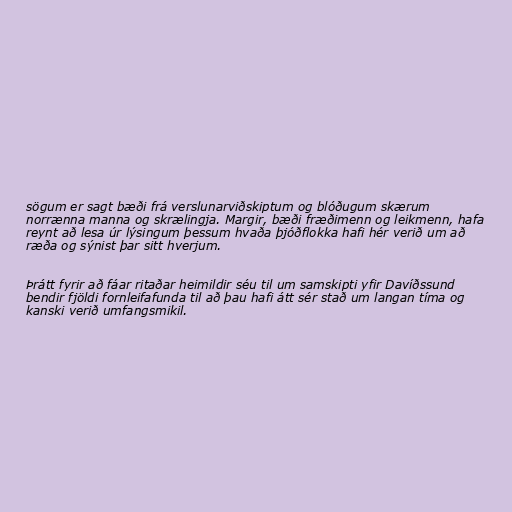
sögum er sagt bæði frá verslunarviðskiptum og blóðugum skærum
norrænna manna og skrælingja. Margir, bæði fræðimenn og leikmenn, hafa
reynt að lesa úr lýsingum þessum hvaða þjóðflokka hafi hér verið um að
ræða og sýnist þar sitt hverjum.

Þrátt fyrir að fáar ritaðar heimildir séu til um samskipti yfir Davíðssund
bendir fjöldi fornleifafunda til að þau hafi átt sér stað um langan tíma og
kanski verið umfangsmikil.